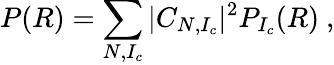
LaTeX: P(R)=\sum_{N,I_{c}}|C_{N,I_{c}}|^{2}P_{I_{c}}(R)\ ,